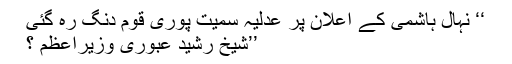
‘‘ نہال ہاشمی کے اعلان پر عدلیہ سمیت پوری قوم دنگ رہ گئی
’’شیخ رشید عبوری وزیراعظم ؟